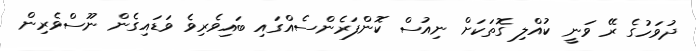
ދުވަހުގެ ރޭ ވަނީ ކުއްލި ގޮތަކަށް ނިއުސް ކޮންފަރެންސެއްގައި ބައިވެރިވެ ވަޑައިގެން ނޫސްވެރިން